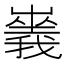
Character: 𡽥